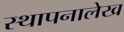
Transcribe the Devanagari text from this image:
स्थापनालेख